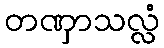
တဏှာသလ္လံ